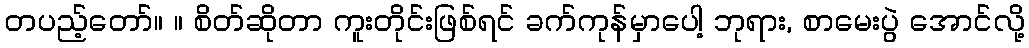
တပည့်တော်။ ။ စိတ်ဆိုတာ ကူးတိုင်းဖြစ်ရင် ခက်ကုန်မှာပေါ့ ဘုရား, စာမေးပွဲ အောင်လို့